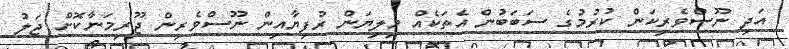
އަދި ނޫސްވެރިކަން ކުރުމުގެ ސަބަބުން އެތަކެއް މިލިޔަން ރުފިޔާއިން ނޫސްވެރިން ޖޫރިމަނާކޮށް ޖަލު